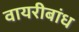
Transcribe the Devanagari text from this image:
वायरीबांध